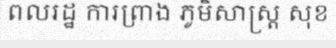
ពលរដ្ឋ ការព្រាង ភូមិសាស្ត្រ សុខ